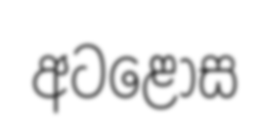
අටළොස